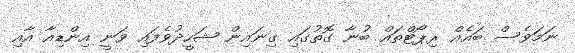
ނަމަވެސް ބައެއް ރިޕޯޓްތައް ބުނާ ގޮތުގައި ގިނައިން ޝަހީދުވެފައި ވަނީ އިންޑިއާ އާއި